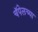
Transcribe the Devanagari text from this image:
चॅपेलच्या